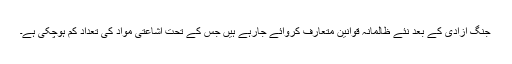
جنگ آزادی کے بعد نئے ظالمانہ قوانین متعارف کروائے جارہے ہیں جس کے تحت اشاعتی مواد کی تعداد کم ہوچکی ہے۔